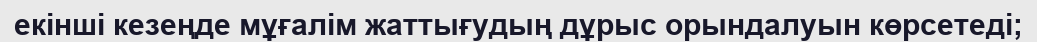
екінші кезеңде мұғалім жаттығудың дұрыс орындалуын көрсетеді;